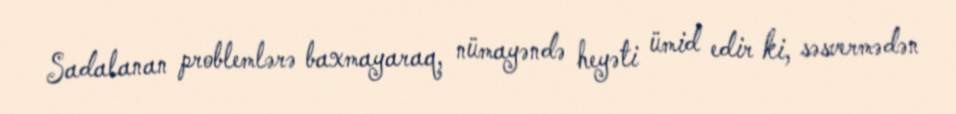
Sadalanan problemlərə baxmayaraq, nümayəndə heyəti ümid edir ki, səsvermədən